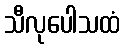
သီလုပေါသထံ